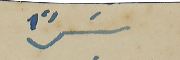
سَراً